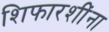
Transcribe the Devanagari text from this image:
शिफारशींना